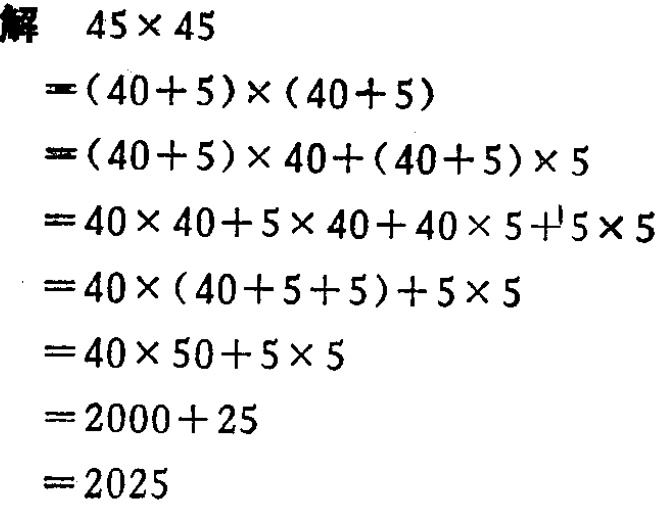
```
解 \(45\times45\)
\(=(40 + 5)\times(40 + 5)\)
\(=(40 + 5)\times40+(40 + 5)\times5\)
\(=40\times40+5\times40+40\times5 + 5\times5\)
\(=40\times(40 + 5+ 5)+5\times5\)
\(=40\times50+5\times5\)
\(=2000 + 25\)
\(=2025\)
```